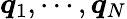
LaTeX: \boldsymbol{q}_{1},\cdots,\boldsymbol{q}_{N}